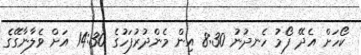
ކޯހަށް އެދޭ ފޯމު ހެނދުނު 8:30 އިން މެންދުރުފަހުގެ 14:30 އަށް ވެލާނާގޭގެ